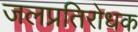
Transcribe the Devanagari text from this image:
जलप्रतिरोधक